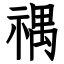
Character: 禑